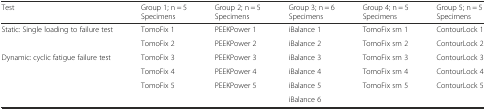
| Test | Group 1; n = 5 Specimens | Group 2; n = 5 Specimens | Group 3; n = 6 Specimens | Group 4; n = 5 Specimens | Group 5; n = 5 Specimens |
 | --- | --- | --- | --- | --- | --- |
 | <ROWSPAN=2> Static: Single loading to failure test | TomoFix 1 | PEEKPower 1 | iBalance 1 | TomoFix sm 1 | ContourLock 1 |
 | TomoFix 2 | PEEKPower 2 | iBalance 2 | TomoFix sm 2 | ContourLock 2 |
 | <ROWSPAN=4> Dynamic: cyclic fatigue failure test | TomoFix 3 | PEEKPower 3 | iBalance 3 | TomoFix sm 3 | ContourLock 3 |
 | TomoFix 4 | PEEKPower 4 | iBalance 4 | TomoFix sm 4 | ContourLock 4 |
 | TomoFix 5 | PEEKPower 5 | iBalance 5 | TomoFix sm 5 | ContourLock 5 |
 |  |  | iBalance 6 |  |  |